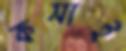
কসাই